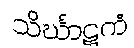
သိင်္ဃာဋကံ